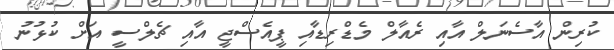
ކުރިން އާސެނަލް އާއި ރެއާލް މެޑްރިޑާއި ޕީއެސްޖީ އާއި ޗެލްސީ އަށް ކުޅުނު